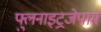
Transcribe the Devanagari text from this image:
फ्लुनाइट्रजेपाम